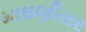
માઘણીસર